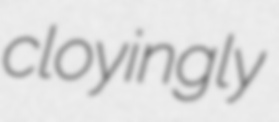
cloyingly